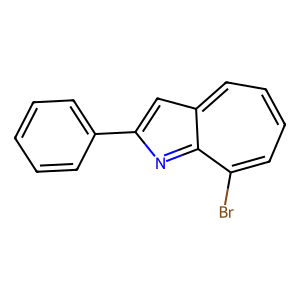
SMILES: Brc1ccccc2cc(-c3ccccc3)nc1-2
Inhibits HIV replication: No